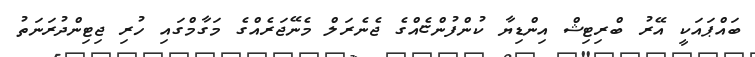
ބައްޕައަކީ އޭރު ބްރިޓިޝް އިންޑިޔާ ކުންފުންޏެއްގެ ޖެނެރަލް މެނޭޖަރެއްގެ މަގާމްގައި ހުރި ޖިޓިންދުރަނަތު